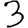
Digit: 3